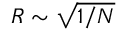
R \sim \sqrt { 1 / N }